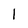
Character: l